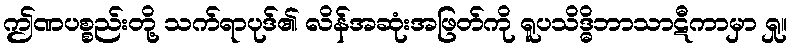
ဤဏပစ္စည်းတို့ သက်ရာပုဒ်၏ လိန်အဆုံးအဖြတ်ကို ရူပသိဒ္ဓိဘာသာဋီကာမှာ ရှု။